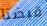
قبضنا